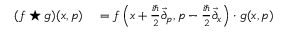
\begin{array} { r l } { ( f \star g ) ( x , p ) } & { { } = f \left( x + { \frac { i \hbar } { 2 } } { \overrightarrow { \partial } } _ { p } , p - { \frac { i \hbar } { 2 } } { \overrightarrow { \partial } } _ { x } \right) \cdot g ( x , p ) } \end{array}